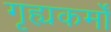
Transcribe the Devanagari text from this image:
गृह्यकर्मों